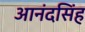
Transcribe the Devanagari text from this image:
आनंदसिंह